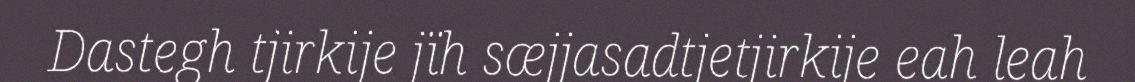
Dastegh tjirkije jïh sæjjasadtjetjirkije eah leah